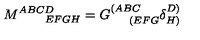
M _ { \qquad E F G H } ^ { A B C D } = G _ { \quad \ ( E F G } ^ { ( A B C } \delta _ { H ) } ^ { D ) } \label D